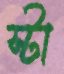
স্টা